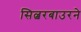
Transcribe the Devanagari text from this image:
सिल्बरबाउरने